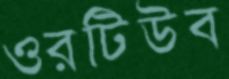
ওরটিউব